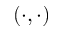
( \cdot , \cdot )